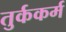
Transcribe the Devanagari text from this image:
तुर्ककर्म